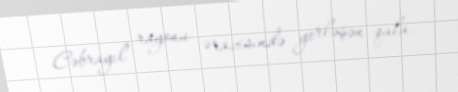
Cəbrayıl rayonu ərazisində yerləşən qala.